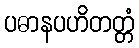
ပဓာနပဟိတတ္တံ